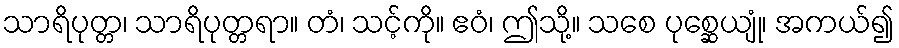
သာရိပုတ္တ၊ သာရိပုတ္တရာ။ တံ၊ သင့်ကို။ ဧဝံ၊ ဤသို့။ သစေ ပုစ္ဆေယျုံ၊ အကယ်၍